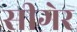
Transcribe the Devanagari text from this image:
सीगेर